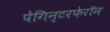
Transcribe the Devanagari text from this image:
पेगिन्टरफेरॉन